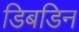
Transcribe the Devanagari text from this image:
डिबडिन